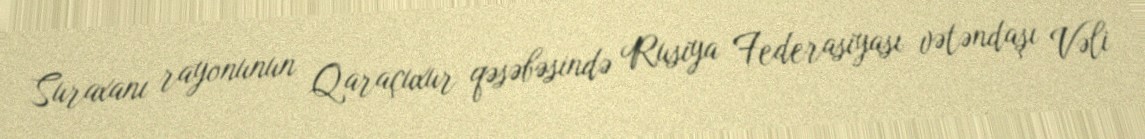
Suraxanı rayonunun Qaraçuxur qəsəbəsində Rusiya Federasiyası vətəndaşı Vəli